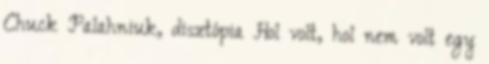
Chuck Palahniuk, disztópia Hol volt, hol nem volt egy